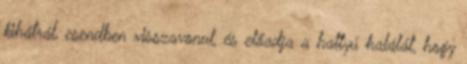
kihátrál, csendben visszavonul, és előadja a hattyú halálát, hogy